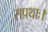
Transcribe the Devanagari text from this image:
सप्रथाः।